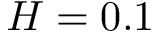
H = 0 . 1